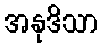
အနုဒိသာ